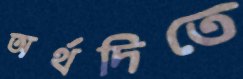
অর্থদিতে